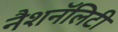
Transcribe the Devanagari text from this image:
नैशनॅलिटी